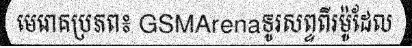
មេរោគប្រភព៖ GSMArenaទូរសព្ទពីរម៉ូដែល